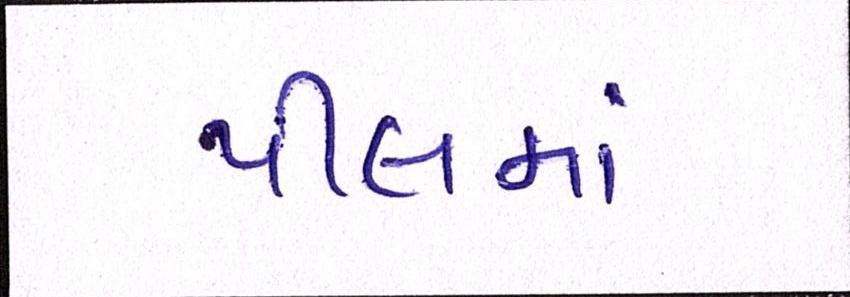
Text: પીલમાં